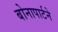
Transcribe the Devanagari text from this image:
बोनापार्टने